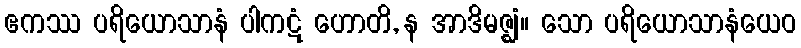
ဧကဿ ပရိယောသာနံ ပါကဋံ ဟောတိ, န အာဒိမဇ္ဈံ။ သော ပရိယောသာနံယေဝ